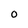
Character: O